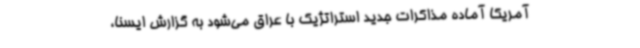
آمریکا آماده مذاکرات جدید استراتژیک با عراق می‌شود به گزارش ایسنا،